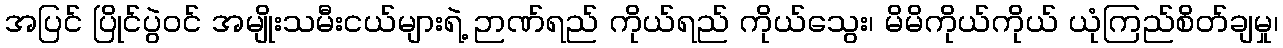
အပြင် ပြိုင်ပွဲဝင် အမျိုးသမီးငယ်များရဲ့ ဉာဏ်ရည် ကိုယ်ရည် ကိုယ်သွေး၊ မိမိကိုယ်ကိုယ် ယုံကြည်စိတ်ချမှု၊